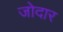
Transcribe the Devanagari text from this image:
जोदार